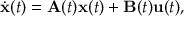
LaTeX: { \dot { \mathbf { x } } } ( t ) = \mathbf { A } ( t ) \mathbf { x } ( t ) + \mathbf { B } ( t ) \mathbf { u } ( t ) ,